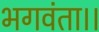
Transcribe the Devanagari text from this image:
भगवंता।।